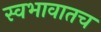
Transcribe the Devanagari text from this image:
स्वभावातच